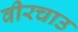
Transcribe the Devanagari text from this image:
वीरचाउ